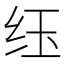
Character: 𮶀